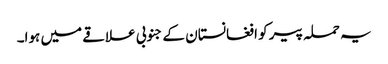
یہ حملہ پیر کو افغانستان کے جنوبی علاقے میں ہوا۔